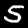
Label: 5